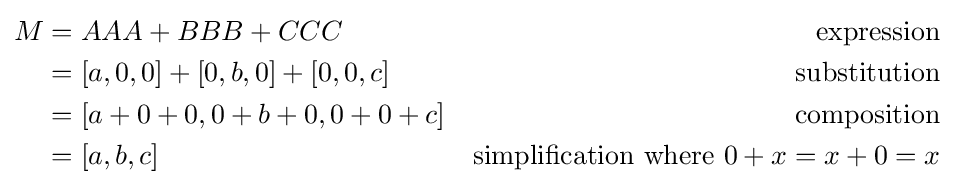
{\begin{aligned}M&=AAA+BBB+CCC&{\text{expression}}\\&=[a,0,0]+[0,b,0]+[0,0,c]&{\text{substitution}}\\&=[a+0+0,0+b+0,0+0+c]&{\text{composition}}\\&=[a,b,c]&{\text{simplification where }}0+x=x+0=x\end{aligned}}